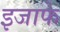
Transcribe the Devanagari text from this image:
इजाफे